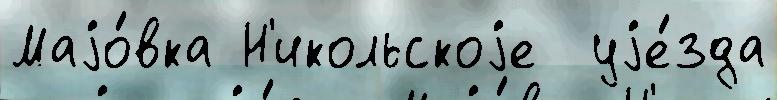
Маjо́вка Н'икольскоjе  уjе́зда